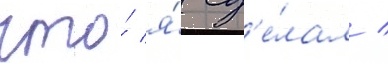
что́ я́ сд'е́лал /